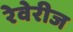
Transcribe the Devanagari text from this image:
रेवेरीज